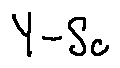
Y - S _ { C }